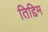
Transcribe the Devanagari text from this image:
तिद्दिम